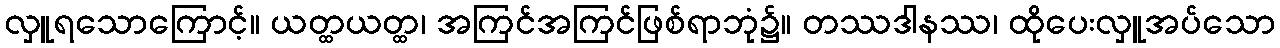
လှူရသောကြောင့်။ ယတ္ထယတ္ထ၊ အကြင်အကြင်ဖြစ်ရာဘုံ၌။ တဿဒါနဿ၊ ထိုပေးလှူအပ်သော